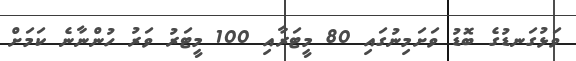
ވަޅުގަނޑުގެ ބޮޑު ވަށަމިނުގައި 80 މީޓަރާއި 100 މީޓަރު ވަރު ހުންނާނެ ކަމަށް